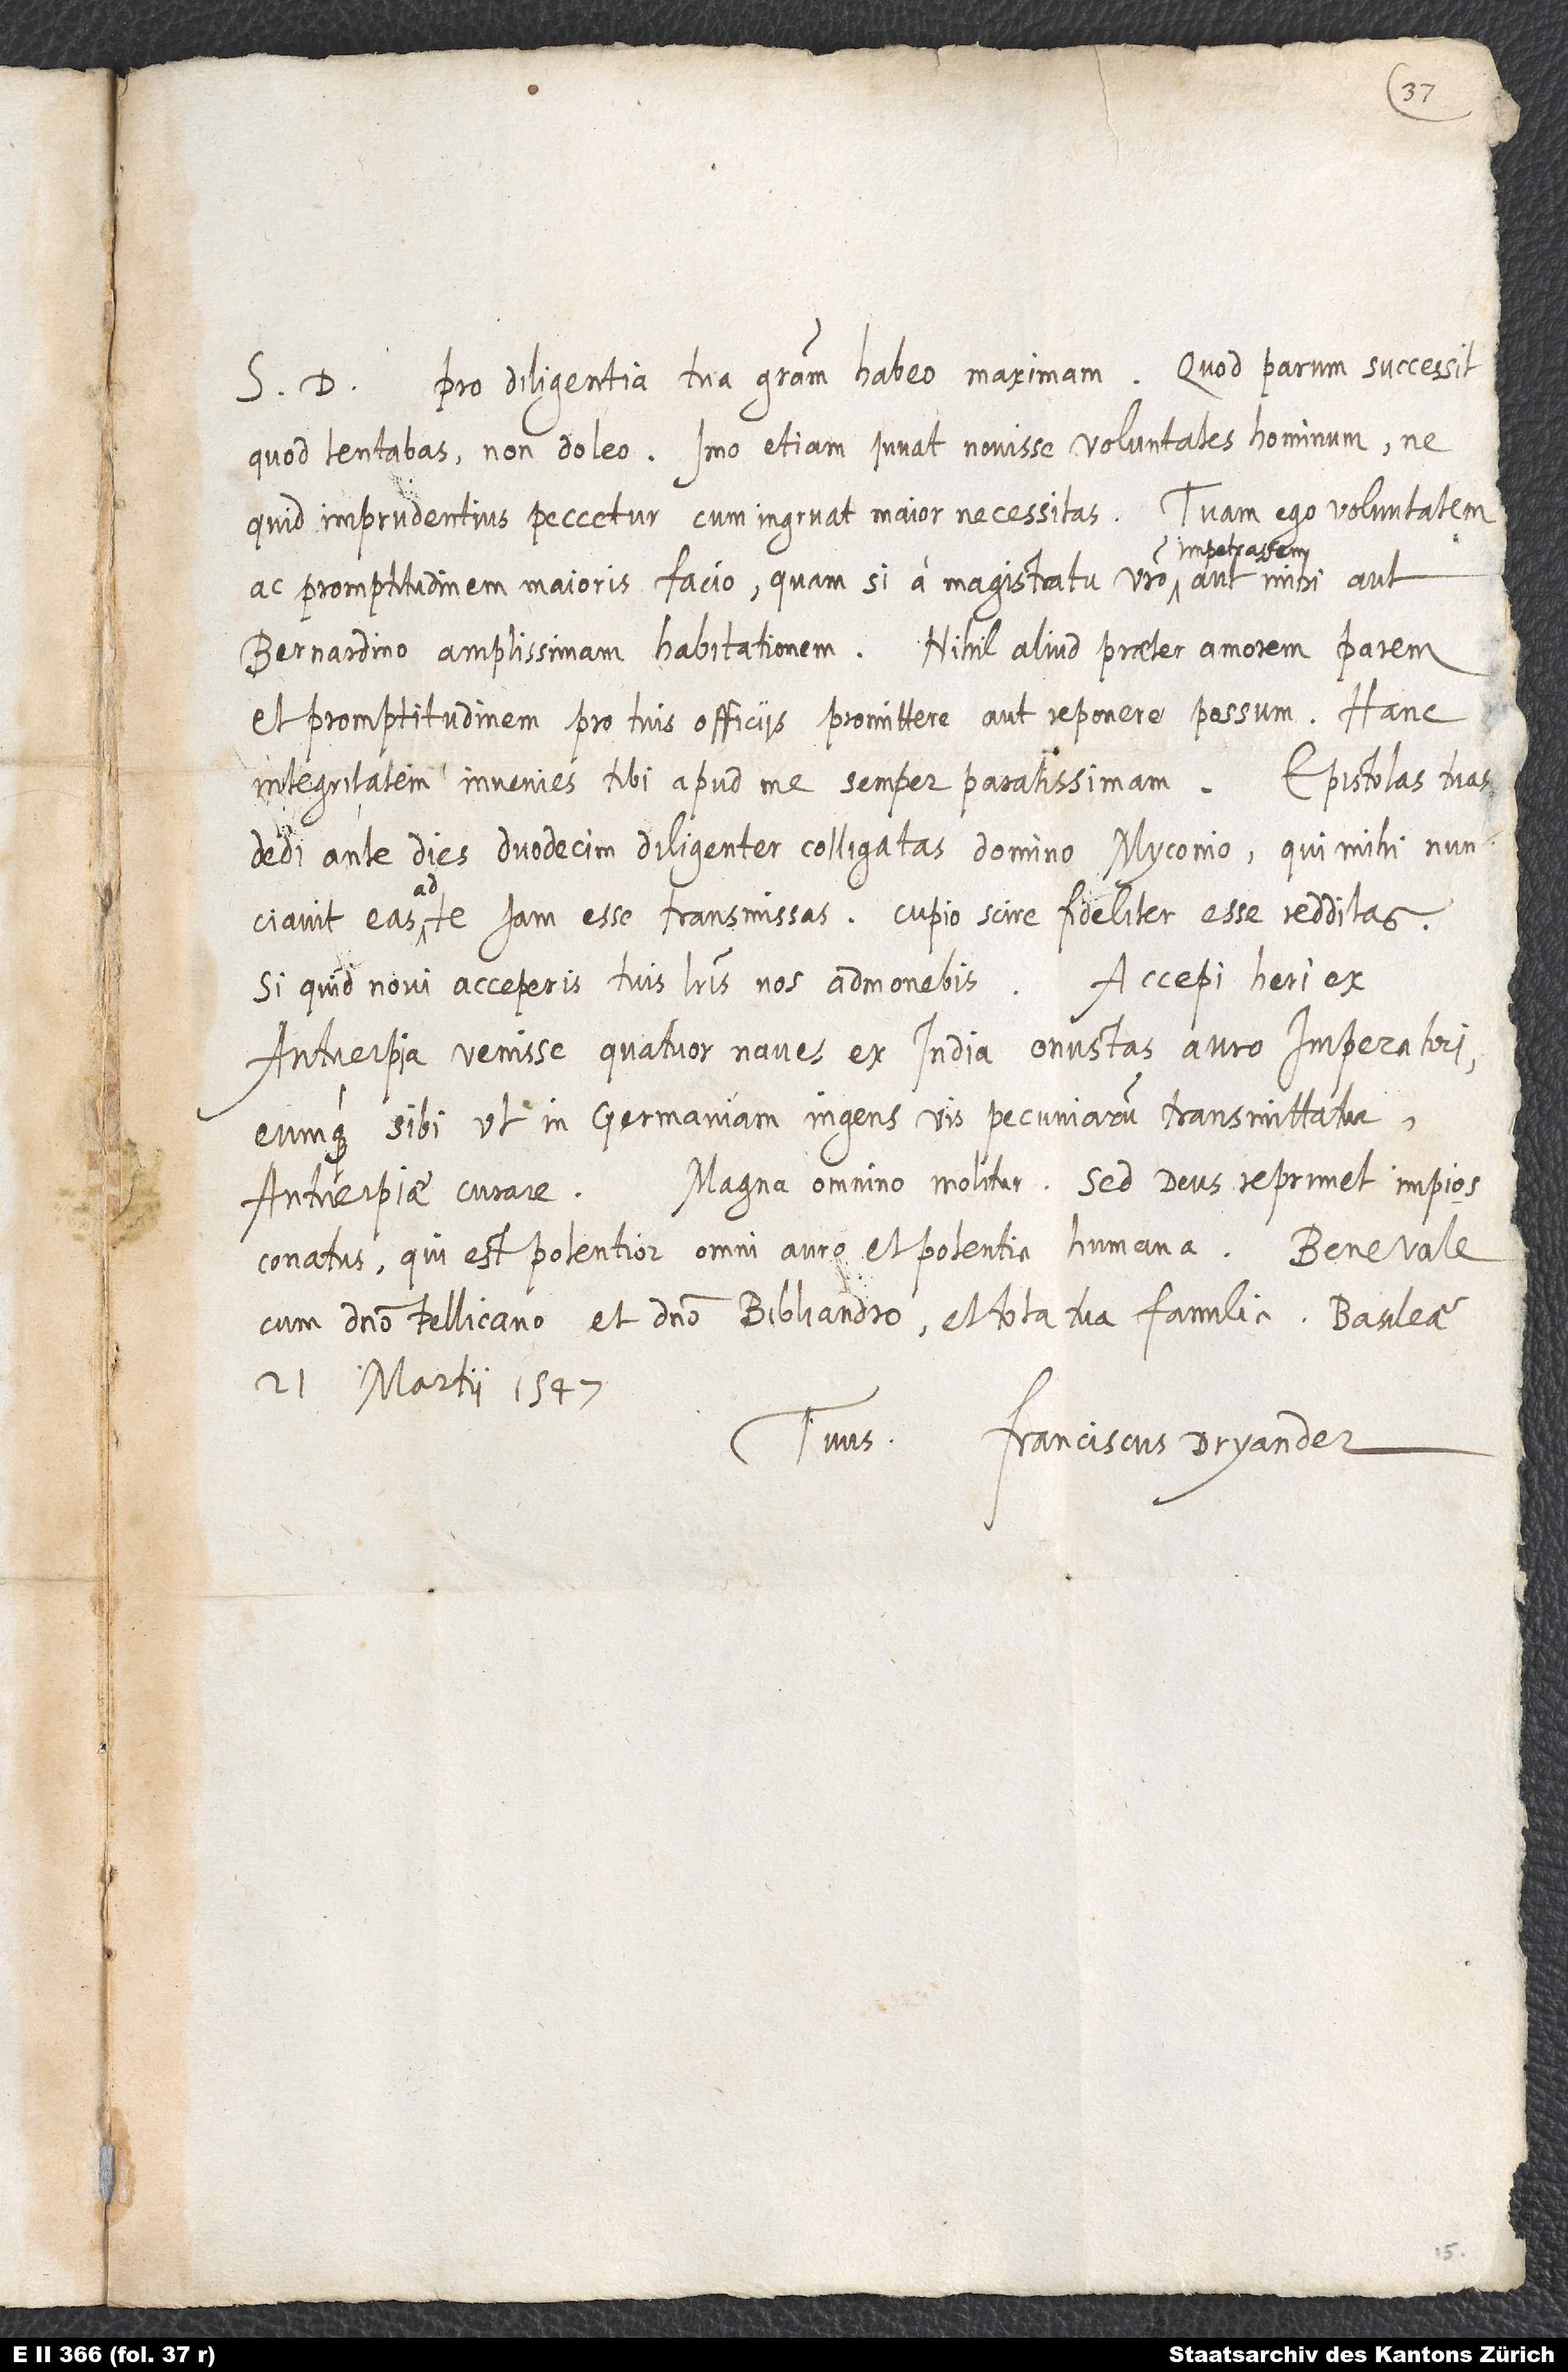
S. D. Pro diligentia tua gratiam habeo maximam. Quod parum successit,
quod tentabas, non doleo; imo etiam iuvat novisse voluntates hominum, ne
quid imprudentius peccetur, cum ingruat maior necessitas. Tuam ego voluntatem
impetrassem
ac promptitudinem maioris facio, quam si a magistratu vestro
Bernardino amplissimam habitationem. Nihil aliud praeter amorem parem
et promptitudinem pro tuis officiis promittere aut reponere possum. Hanc
integritatem invenies tibi apud me semper paratissimam. Epistolas tuas
dedi ante dies duodecim diligenter colligatas d. Myconio, qui mihi nunciavit
eas ad te iam esse transmissas; cupio scire fideliter esse redditas.
Si quid novi acceperis, tuis literis nos admonebis. Accepi heri ex
Antverpia venisse quatuor naves ex India onustas auro imperatori
eumque, sibi ut in Germaniam ingens vis pecuniarum transmittatur,
Antverpiae curare. Magna omnino molitor. Sed deus reprimet impios
conatus, qui est potentior omni auro et potentia humana. Bene vale
cum domino Pellicano et domino Bibliandro et tota tua familia. Basileae,
21. martii 1547.
Franciscus Dryander.
Tuus